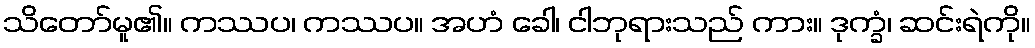
သိတော်မူ၏။ ကဿပ၊ ကဿပ။ အဟံ ခေါ၊ ငါဘုရားသည် ကား။ ဒုက္ခံ၊ ဆင်းရဲကို။